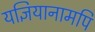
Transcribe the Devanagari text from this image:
यज्ञियानामपि